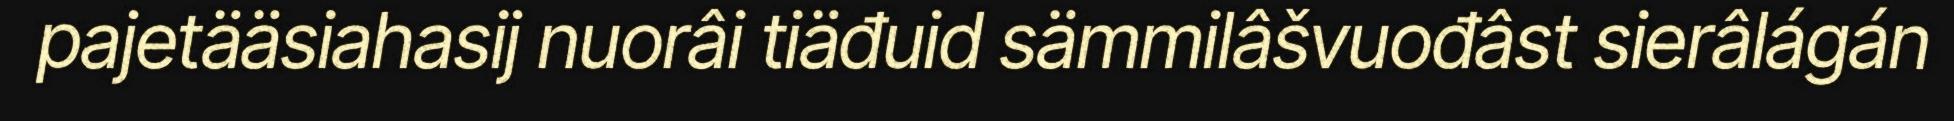
pajetääsiahasij nuorâi tiäđuid sämmilâšvuođâst sierâlágán